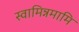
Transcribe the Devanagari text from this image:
स्वामिन्नमामि